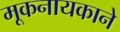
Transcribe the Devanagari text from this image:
मूकनायकाने